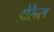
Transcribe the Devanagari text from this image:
डोरैन्स